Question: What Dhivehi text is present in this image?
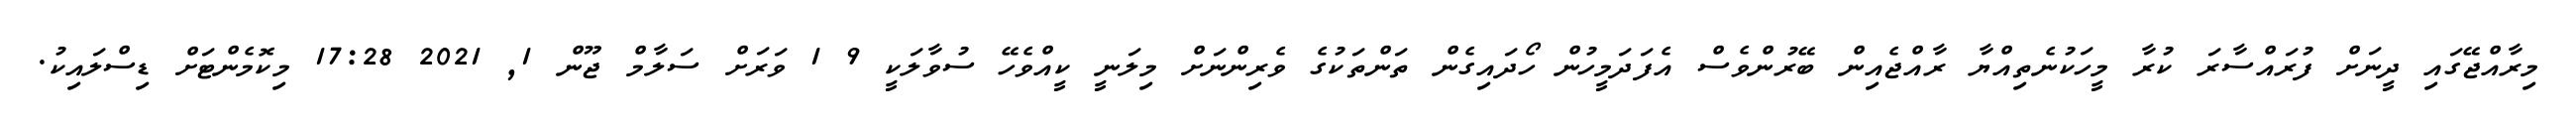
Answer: މިރާއްޖޭގައި ދީނަށް ފުރައްސާރަ ކުރާ މީހަކުނެތިއްޔާ ރާއްޖެއިން ބޭރުންވެސް އެފަދަމީހުން ހޯދައިގެން ތަންތަކުގެ ވެރިންނަށް މިލަނީ ކީއްވެހޭ ސުވާލަކީ 9 1 ވަރަށް ސަލާމް ޖޫން 1, 2021 17:28 މިކޮމެންޓަށް ޑިސްލައިކު.